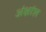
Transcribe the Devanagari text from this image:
अंक्षांश